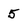
Character: 5